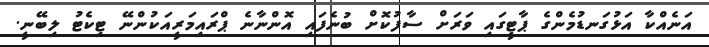
އަނެއްކާ އަޅުގަނޑުމެންގެ ޕާޓީގައި ވަރަށް ސާފުކޮށް ބުނެފައި އޮންނާނެ ޕްރައިމަރީއަކުންނޭ ޓިކެޓު ލިބޭނީ.